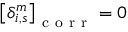
\left[ \delta _ { i , s } ^ { m } \right] _ { \mathrm { ~ c ~ o ~ r ~ r ~ } } = 0